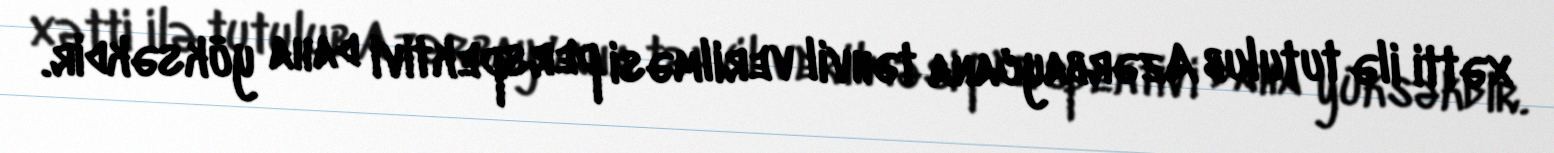
xətti ilə tutulub Azərbaycana təhvil verilməsi perspektivi daha yüksəkdir.